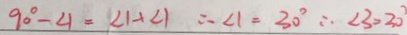
9 0 ^ { \circ } - \angle 1 = \angle 1 + \angle 1 \therefore \angle 1 = 3 0 ^ { \circ } \therefore \angle 3 = 3 0 ^ { \circ }